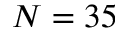
N = 3 5